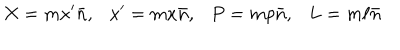
X = m x ^ { \prime } \bar { n } , x ^ { \prime } = m x \bar { n } , P = m p \bar { n } , L = m \ell \bar { n }